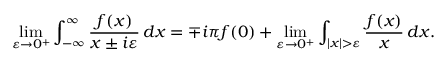
\operatorname* { l i m } _ { \varepsilon \to 0 ^ { + } } \int _ { - \infty } ^ { \infty } { \frac { f ( x ) } { x \pm i \varepsilon } } \, d x = \mp i \pi f ( 0 ) + \operatorname* { l i m } _ { \varepsilon \to 0 ^ { + } } \int _ { | x | > \varepsilon } { \frac { f ( x ) } { x } } \, d x .